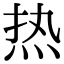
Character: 热